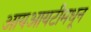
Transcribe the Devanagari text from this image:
आयआयटीमधून